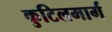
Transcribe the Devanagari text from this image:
कुटिलमार्ग